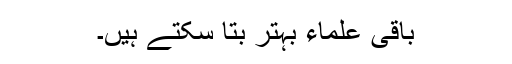
باقی علماء بہتر بتا سکتے ہیں۔